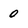
Character: 0